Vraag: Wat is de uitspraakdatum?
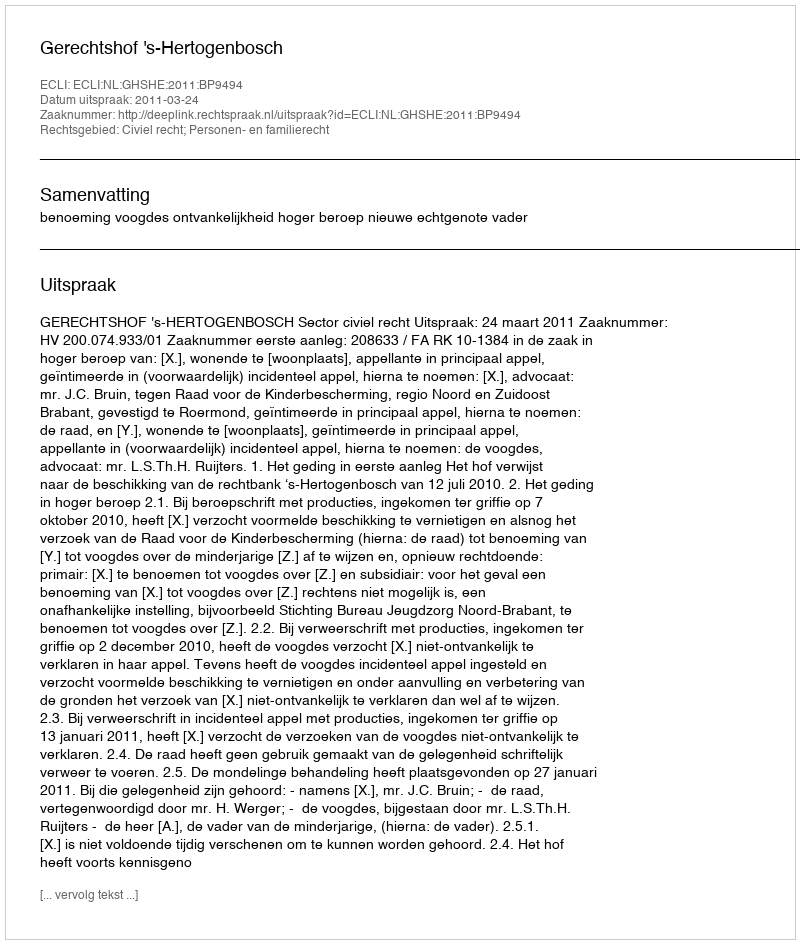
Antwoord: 2011-03-24